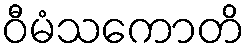
ဝီမံသကောတိ